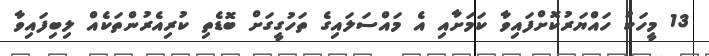
13 މީހަކު ހައްޔަރުކޮށްފައިވާ ކަމަށާއި އެ މައްސަލައިގެ ތަހުގީގަށް ބޮޑެތި ކުރިއެރުންތަކެއް ލިބިފައިވާ